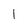
Character: 1